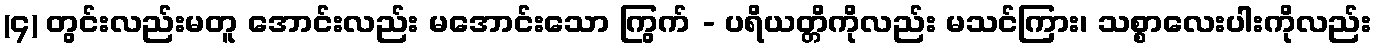
(၄) တွင်းလည်းမတူ အောင်းလည်း မအောင်းသော ကြွက် - ပရိယတ္တိကိုလည်း မသင်ကြား၊ သစ္စာလေးပါးကိုလည်း